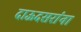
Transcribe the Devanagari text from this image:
दाऊदसरांना